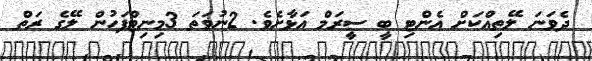
ދެވަނަ ލޭތިއްކަށް އެންޓި ބީ ސީރަމް އަޅާށެވެ. 2ނުވަތަ 3މިނިޓްފަހުން ލޭގެ ރަތް